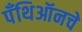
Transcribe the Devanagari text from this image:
पँथिऑनचे